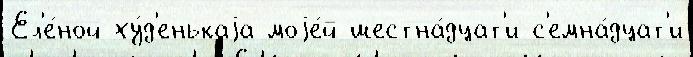
Ел'е́ной ху́д'енькаjа моjе́й шестна́дцат'и-с'емна́дцат'и